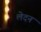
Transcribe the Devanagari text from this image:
लेदन